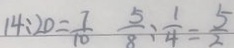
1 4 : 2 0 = \frac { 7 } { 1 0 } \frac { 5 } { 8 } : \frac { 1 } { 4 } = \frac { 5 } { 2 }